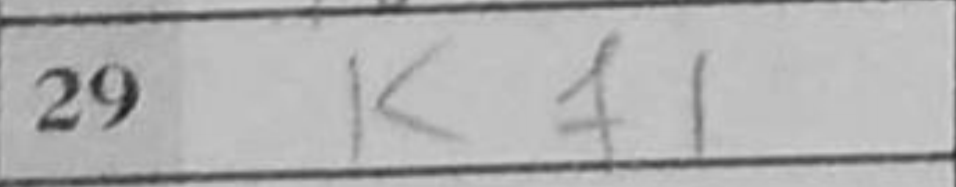
Transcription: Kf1